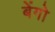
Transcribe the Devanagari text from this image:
बेंगो